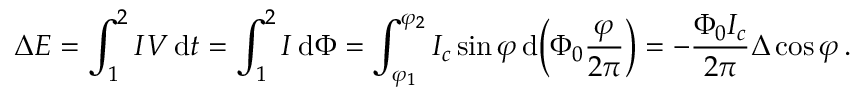
\Delta E = \int _ { 1 } ^ { 2 } I V \operatorname { d } \! { t } = \int _ { 1 } ^ { 2 } I \operatorname { d } \! \Phi = \int _ { \varphi _ { 1 } } ^ { \varphi _ { 2 } } I _ { c } \sin \varphi \operatorname { d } \! \left( \Phi _ { 0 } { \frac { \varphi } { 2 \pi } } \right) = - { \frac { \Phi _ { 0 } I _ { c } } { 2 \pi } } \Delta \cos \varphi \, .